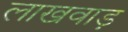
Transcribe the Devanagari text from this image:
लाखवाड़